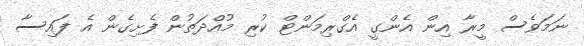
ނަމަވެސް މީރާ އިން އެންގީ އެގްރިމަންޓް ކުރި މުއްދަތުން ފެށިގެން އެ ފައިސާ